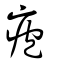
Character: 疱